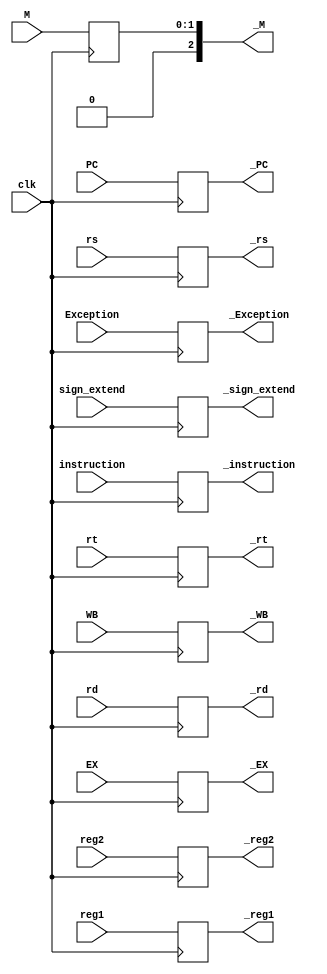
module Reg_ID_EX(
		input 		clk,
		input		[1:0] WB,
		input		[1:0] M,
		input		[3:0] EX,
		input		[7:0] PC,
		input		[31:0] instruction,
		input		[31:0] reg1, reg2, sign_extend,
		input		[4:0] rs, rt, rd,
		input		Exception,
		output reg	[1:0] _WB,
		output reg	[2:0] _M,
		output reg	[3:0] _EX,
		output reg	[7:0] _PC,
		output reg	[31:0] _instruction,
		output reg	[31:0] _reg1, _reg2, _sign_extend,
		output reg	[4:0] _rs, _rt, _rd,
		output reg	_Exception
);

	initial begin
		_WB = 2'b0;
		_M = 2'b0;
		_EX = 4'b0;
		_PC = 8'b0;
		_instruction = 32'b0;
		_reg1 = 32'b0; _reg2 = 32'b0;
		_sign_extend = 32'b0;
		_rs = 5'b0; _rt = 5'b0; _rd = 5'b0;
		_Exception = 1'b0;
	end

	always@(posedge clk)
	begin
		_WB <= WB;
		_M <= M;
		_EX <= EX;
		_PC <= PC;
		_instruction <= instruction;
		_reg1 <= reg1; _reg2 <= reg2;
		_sign_extend <= sign_extend;
		_rs <= rs; _rt <= rt; _rd <= rd;
		_Exception <= Exception;
	end

endmodule